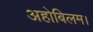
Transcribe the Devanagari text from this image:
अहोबिलम।